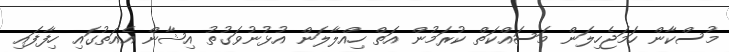
މުސްކާން ހަމަޖެހިލަން މަސައްކަތް ކުރަމުން އަތް ހިއްލާލަން އުޅުނުވަގުތު އިޝާން އެއަތުގައި ހިފާފައި